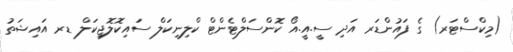
(މިކްސްޓަރ) ގެ ފައުންޑަރ އަދި ސީ.އީ.އޯ ކޮންސަލްޓެންޓް ކްލިނިކަލް ސައިކޮލޮޖިކަލް ޑރ އައިޝަތު